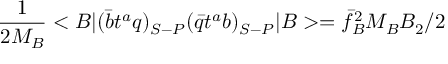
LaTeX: { \frac { 1 } { 2 M _ { B } } } < B | ( \bar { b } t ^ { a } q ) _ { S - P } ( \bar { q } t ^ { a } b ) _ { S - P } | B > = { \bar { f } _ { B } ^ { 2 } } M _ { B } B _ { 2 } / 2